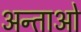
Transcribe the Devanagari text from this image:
अन्ताओ